Lunatic asylums Central Provinces reports 1895-1909 - 1895-1909
Year: 1895
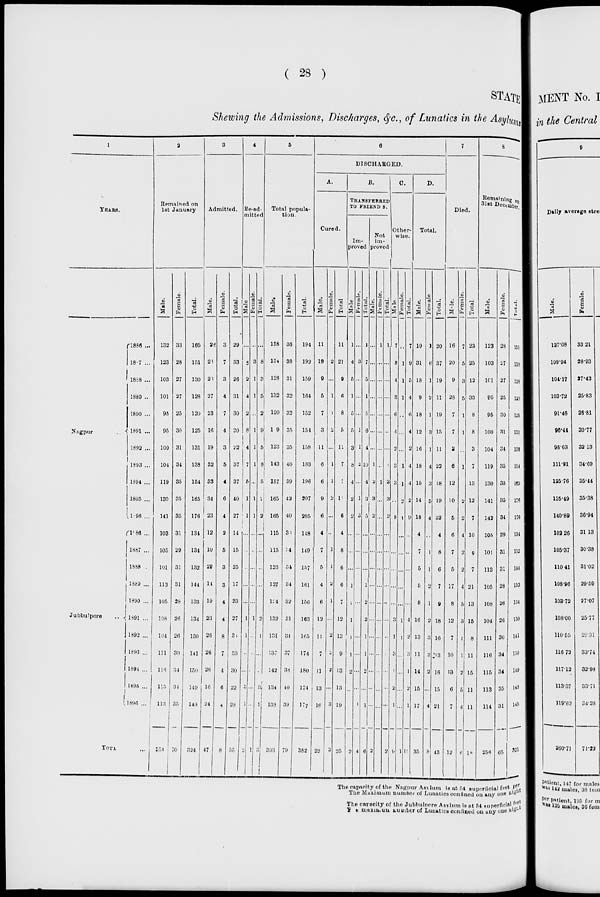
( 28 )
STATE
Shewing the Admissions, Discharges, &c., of Lunatics in the Asylums
1
YEARS.
Nagpur
Jubbulpore
..
1886 ...
1887 ...
1888 ...
1889 ..
1890 ...
1891 ...
1892 ...
1893 ...
1894 ...
1895 ...
1896 ...
1886...
1887 ...
1888
1889 ...
1890 ...
1891 ...
1892 ...
1893 ...
1894 ...
1895 ...
1896 ...
TOTAL
...
2
Remained on
1st January
Male.
132
123
103
101
95
95
100
104
119
130
141
103
105
101
113
105
108
104
111
116
115
113
254
Female.
33
28
27
27
25
30
31
34
35
35
35
31
29
31
31
28
26
26
30
34
34
35
70
Total.
165
151
130
128
120
125
131
138
154
165
176
134
134
132
144
133
134
130
141
150
149
148
324
3
Admitted.
Male.
26
26
23
27
23
16
19
32
33
34
23
12
10
22
14
19
23
26
26
26
16
24
47
Female.
3
7
3
4
7
4
3
5
4
6
4
2
5
3
3
4
4
8
7
4
6
4
8
Total.
29
33
26
31
30
20
22
37
37
40
27
14
15
25
17
23
27
32
33
30
22
28
55
4
Re-ad-
mitted
Male
...
5
2
4
2
8
4
7
5
1
1
...
...
...
...
...
1
1
...
...
3
1
2
Female.
...
3
1
1
...
1
1
1
...
1
1
...
...
...
...
...
1
...
...
...
...
...
1
Total.
...
8
3
5
2
9
5
8
5
2
2
...
...
...
...
2
1
...
...
3
1
3
5
Total popula-
tion.
Male.
158
154
128
132
120
19
123
143
157
165
165
115
115
123
127
124
132
134
137
142
134
138
303
Female.
36
38
31
32
32
35
35
40
39
42
40
33
34
34
34
32
31
31
37
38
40
39
79
Total.
194
192
159
164
152
154
158
183
196
207
205
148
149
157
161
156
163
165
174
180
174
177
382
6
DISCHARGED.
A.
Cured.
Male.
11
19
9
5
7
3
11
6
6
9
6
4
7
5
4
6
12
11
7
11
13
16
22
Female.
...
2
...
1
1
2
...
1
1
2
...
...
1
1
2
1
...
2
2
2
...
3
3
Total
11
21
9
6
8
5
11
7
7
11
6
4
8
6
6
7
12
13
9
13
13
19
25
B.
TRANSFERRED
TO FRIEND 8.
Im-
proved
| Male
1
4
5
1
5
5
3
8
4
2
2
...
...
...
1
2
1
1
1
2
...
...
2
Female.
...
3
...
...
...
1
1
2
...
1
3
...
...
...
...
...
1
...
...
...
...
1
4
Total.
1
7
5
1
5
6
4
10
4
3
5
...
...
...
1
2
2
1
1
2
...
1
6
Not
im-
proved.
Male.
...
...
...
...
...
...
...
1
2
3
2
...
...
...
...
...
...
...
...
...
...
...
2
Female.
1
...
...
...
...
...
...
...
1
...
...
...
...
...
...
...
...
...
...
...
...
...
...
Total.
1
...
...
...
...
...
...
1
3
3
2
...
...
...
...
...
...
...
...
...
...
...
2
C.
Other-
wise.
Male
7
8
4
3
6
4
2
3
3
...
8
...
...
...
...
...
3
1
3
1
2
1
9
Female.
...
1
1
1
..
...
...
1
1
2
1
...
...
...
...
...
1
1
...
...
...
...
1
Total.
7
9
5
4
6
4
2
4
4
2
9
...
...
...
...
...
4
2
3
1
2
1
19
D.
Total.
Male.
19
31
18
9
18
12
16
18
15
14
18
4
7
5
5
8
16
13
11
14
15
17
35
Female
1
6
1
2
1
3
1
4
3
5
4
...
1
1
2
1
2
3
2
2
...
4
8
Total.
20
37
19
11
19
15
11
22
18
19
22
4
8
6
7
9
18
16
13
16
15
21
43
7
Died.
Male.
16
20
9
28
7
7
3
6
12
10
5
6
7
5
17
8
12
7
10
13
6
7
12
Female.
7
5
3
5
1
1
...
1
1
2
2
4
2
2
4
5
3
1
1
2
5
4
6
Total
23
25
12
33
8
8
3
7
13
12
7
10
9
7
21
13
15
8
11
15
11
11
18
8
Remaining on
31st December.
Male.
123
103
101
95
95
100
104
119
130
141
142
105
101
113
105
108
104
111
116
115
113
114
256
Female.
28
27
27
25
30
31
34
35
35
35
34
29
31
31
28
26
26
30
34
34
35
31
65
Total.
151
130
128
120
125
131
139
154
165
176
176
134
132
144
133
134
130
141
150
149
148
145
32l
The capacity of the Nagpur Asylum is at 54 superficial feet per
The Maximum number of Lunatics confined on any one night
The capacity of the Jubbulpore Asylum is at 54 superficial feet
The maximum number of Lunatics confined on any one night